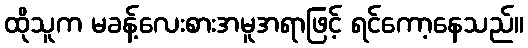
ထိုသူက မခန့်လေးစားအမူအရာဖြင့် ရင်ကော့နေသည်။